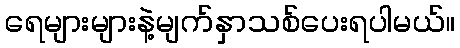
ရေများများနဲ့မျက်နှာသစ်ပေးရပါမယ်။